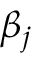
\beta _ { j }